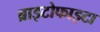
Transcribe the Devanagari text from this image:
ब्राइटोफाइटा